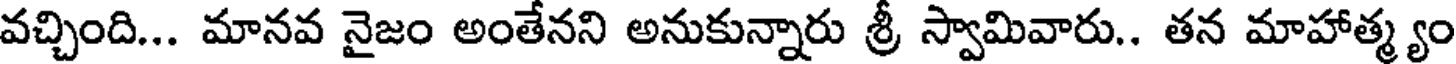
వచ్చింది... మానవ నైజం అంతేనని అనుకున్నారు శ్రీ స్వామివారు.. తన మాహాత్మ్యం